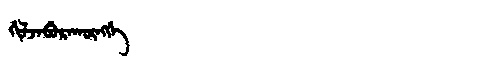
Manchu: ᡤᡳᠯᠵᠠᠪᡠᡵᠠᡴᡡᠩᡤᡝ
Romanization: GILJABURAKŪNGGE